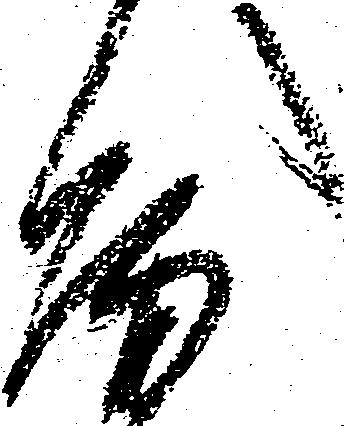
房